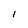
Character: I